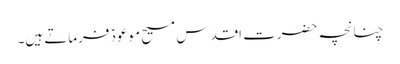
چنانچہ حضرت اقدس مسیح موعودؑ فرماتے ہیں۔